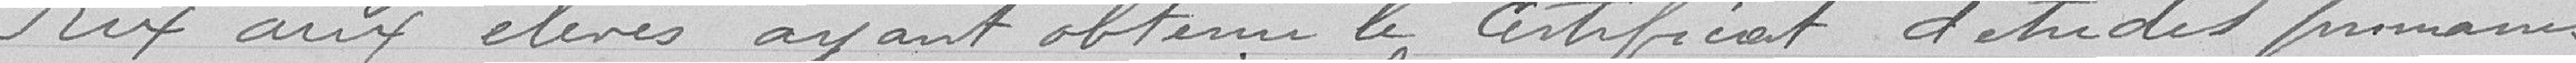
Prix aux élèves ayant obtenu le certificat d'études primaires